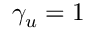
\gamma _ { u } = 1